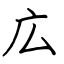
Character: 広